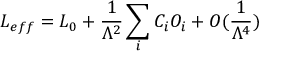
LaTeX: { \cal L } _ { e f f } = { \cal L } _ { 0 } + \frac { 1 } { \Lambda ^ { 2 } } \sum _ { i } C _ { i } O _ { i } + { \cal O } ( \frac { 1 } { \Lambda ^ { 4 } } )